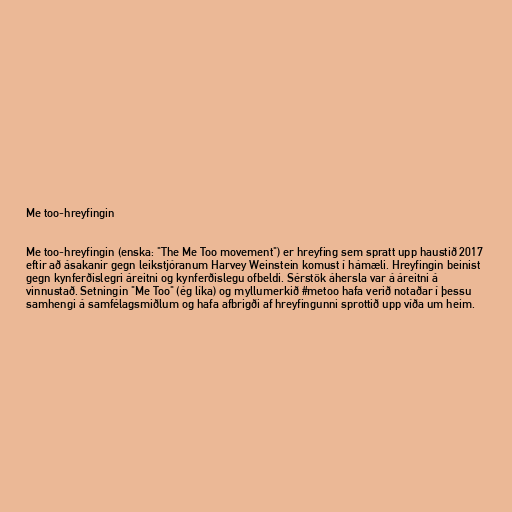
Me too-hreyfingin

Me too-hreyfingin (enska: "The Me Too movement") er hreyfing sem spratt upp haustið 2017
eftir að ásakanir gegn leikstjóranum Harvey Weinstein komust í hámæli. Hreyfingin beinist
gegn kynferðislegri áreitni og kynferðislegu ofbeldi. Sérstök áhersla var á áreitni á
vinnustað. Setningin "Me Too" (ég líka) og myllumerkið #metoo hafa verið notaðar í þessu
samhengi á samfélagsmiðlum og hafa afbrigði af hreyfingunni sprottið upp víða um heim.